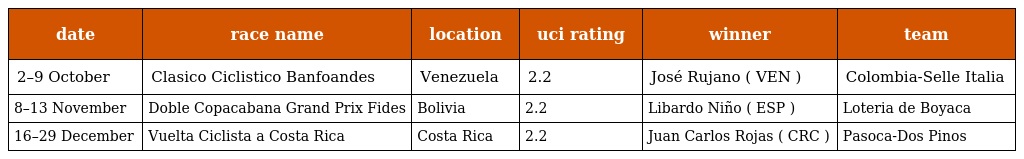
| date | race name | location | uci rating | winner | team |
 | --- | --- | --- | --- | --- | --- |
 | 2–9 October | Clasico Ciclistico Banfoandes | Venezuela | 2.2 | José Rujano ( VEN ) | Colombia-Selle Italia |
 | 8–13 November | Doble Copacabana Grand Prix Fides | Bolivia | 2.2 | Libardo Niño ( ESP ) | Loteria de Boyaca |
 | 16–29 December | Vuelta Ciclista a Costa Rica | Costa Rica | 2.2 | Juan Carlos Rojas ( CRC ) | Pasoca-Dos Pinos |